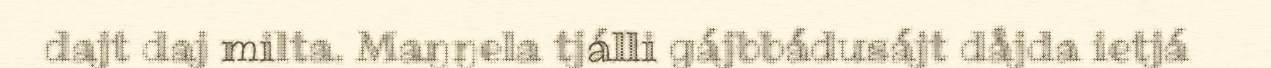
dajt daj milta. Maŋŋela tjálli gájbbádusájt dåjda ietjá